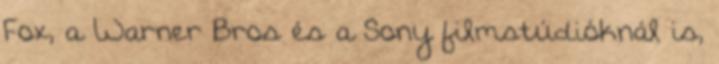
Fox, a Warner Bros és a Sony filmstúdióknál is,